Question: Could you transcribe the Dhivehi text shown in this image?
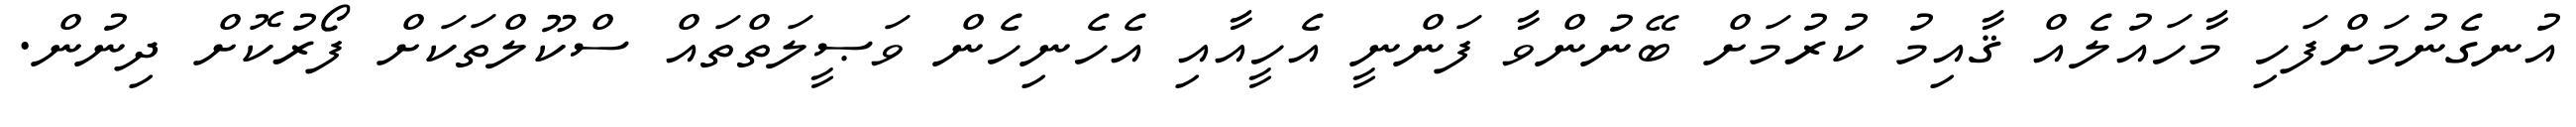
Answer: އުނގެނުމަށްފަހި މާހައުލެއް ޤާއިމު ކުރުމަށް ބޭނުންވާ ފަންނީ އެހީއާއި އެހެނިހެން ވަޞީލަތްތައް ސްކޫލްތަކަށް ފޯރުކޮށް ދިނުން.